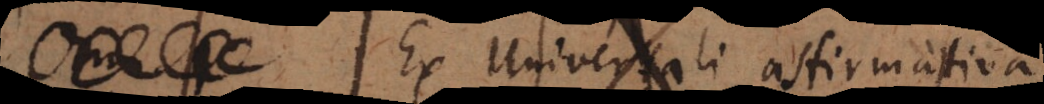
ex universali affirmativa